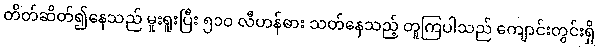
တိတ်ဆိတ်၍နေသည် မူးရူးပြီး ၅၁၀ လီဟန်ဓား သတ်နေသည့် တူကြပါသည် ကျောင်းတွင်းရှိ